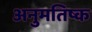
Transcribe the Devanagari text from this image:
अनुमतिष्क